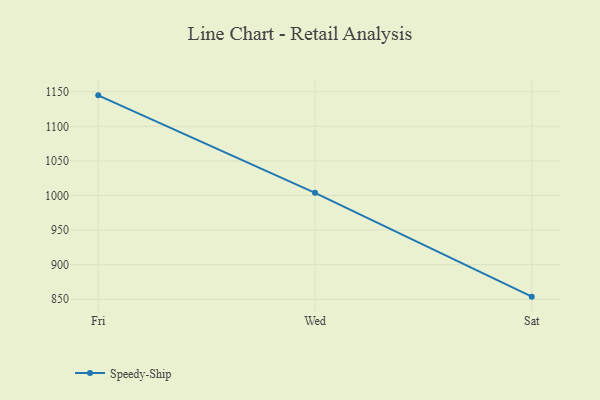
{"axis": {"x": "Day", "y": "Operating Costs (USD K)"}, "legend": ["Speedy-Ship"], "data": [{"x": "Fri", "y": 1144.8, "type": "Speedy-Ship"}, {"x": "Wed", "y": 1003.9, "type": "Speedy-Ship"}, {"x": "Sat", "y": 853.8, "type": "Speedy-Ship"}]}